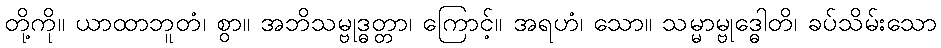
တို့ကို။ ယာထာဘူတံ၊ စွာ။ အဘိသမ္ဗုဒ္ဓတ္တာ၊ ကြောင့်။ အရဟံ၊ သော။ သမ္မာမ္ဗုဒ္ဓေါတိ၊ ခပ်သိမ်းသော